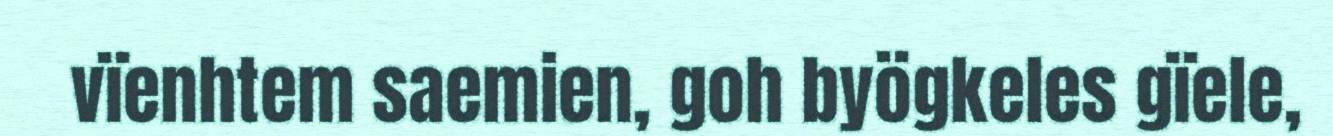
vïenhtem saemien, goh byögkeles gïele,